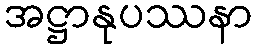
အဋ္ဌာနုပဿနာ